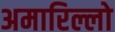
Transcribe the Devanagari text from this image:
अमारिल्लो